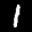
Label: 1